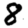
Digit: 8